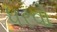
ધરવો